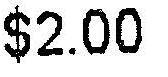
$2.00